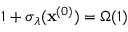
1 + \sigma _ { \lambda } ( \mathbf { x } ^ { ( 0 ) } ) = \Omega ( 1 )